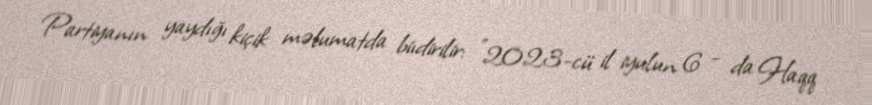
Partiyanın yaydığı kiçik məlumatda biıdirilir: "2023-cü il iyulun 6 - da Haqq